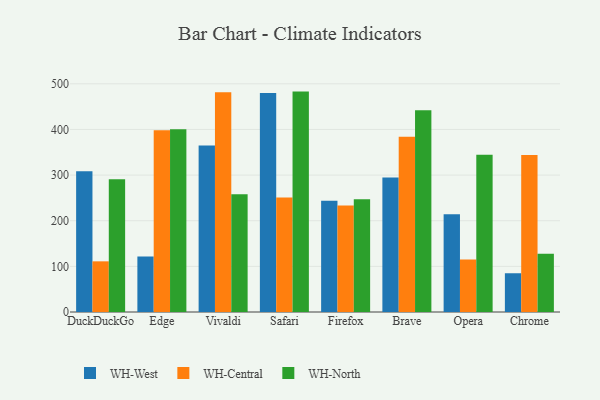
{"axis": {"x": "Browser", "y": "Active Users"}, "legend": ["WH-Central", "WH-North", "WH-West"], "data": [{"x": "DuckDuckGo", "y": 308.4, "type": "WH-West"}, {"x": "DuckDuckGo", "y": 111.0, "type": "WH-Central"}, {"x": "DuckDuckGo", "y": 290.9, "type": "WH-North"}, {"x": "Edge", "y": 121.8, "type": "WH-West"}, {"x": "Edge", "y": 398.0, "type": "WH-Central"}, {"x": "Edge", "y": 400.2, "type": "WH-North"}, {"x": "Vivaldi", "y": 365.0, "type": "WH-West"}, {"x": "Vivaldi", "y": 481.3, "type": "WH-Central"}, {"x": "Vivaldi", "y": 258.0, "type": "WH-North"}, {"x": "Safari", "y": 479.8, "type": "WH-West"}, {"x": "Safari", "y": 250.7, "type": "WH-Central"}, {"x": "Safari", "y": 482.9, "type": "WH-North"}, {"x": "Firefox", "y": 243.6, "type": "WH-West"}, {"x": "Firefox", "y": 233.4, "type": "WH-Central"}, {"x": "Firefox", "y": 246.9, "type": "WH-North"}, {"x": "Brave", "y": 294.6, "type": "WH-West"}, {"x": "Brave", "y": 384.1, "type": "WH-Central"}, {"x": "Brave", "y": 441.9, "type": "WH-North"}, {"x": "Opera", "y": 214.4, "type": "WH-West"}, {"x": "Opera", "y": 115.3, "type": "WH-Central"}, {"x": "Opera", "y": 344.6, "type": "WH-North"}, {"x": "Chrome", "y": 84.9, "type": "WH-West"}, {"x": "Chrome", "y": 344.1, "type": "WH-Central"}, {"x": "Chrome", "y": 127.6, "type": "WH-North"}]}